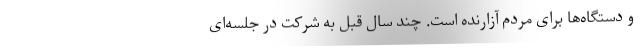
و دستگاه‌ها برای مردم آزارنده است. چند سال قبل به شرکت در جلسه‌ای